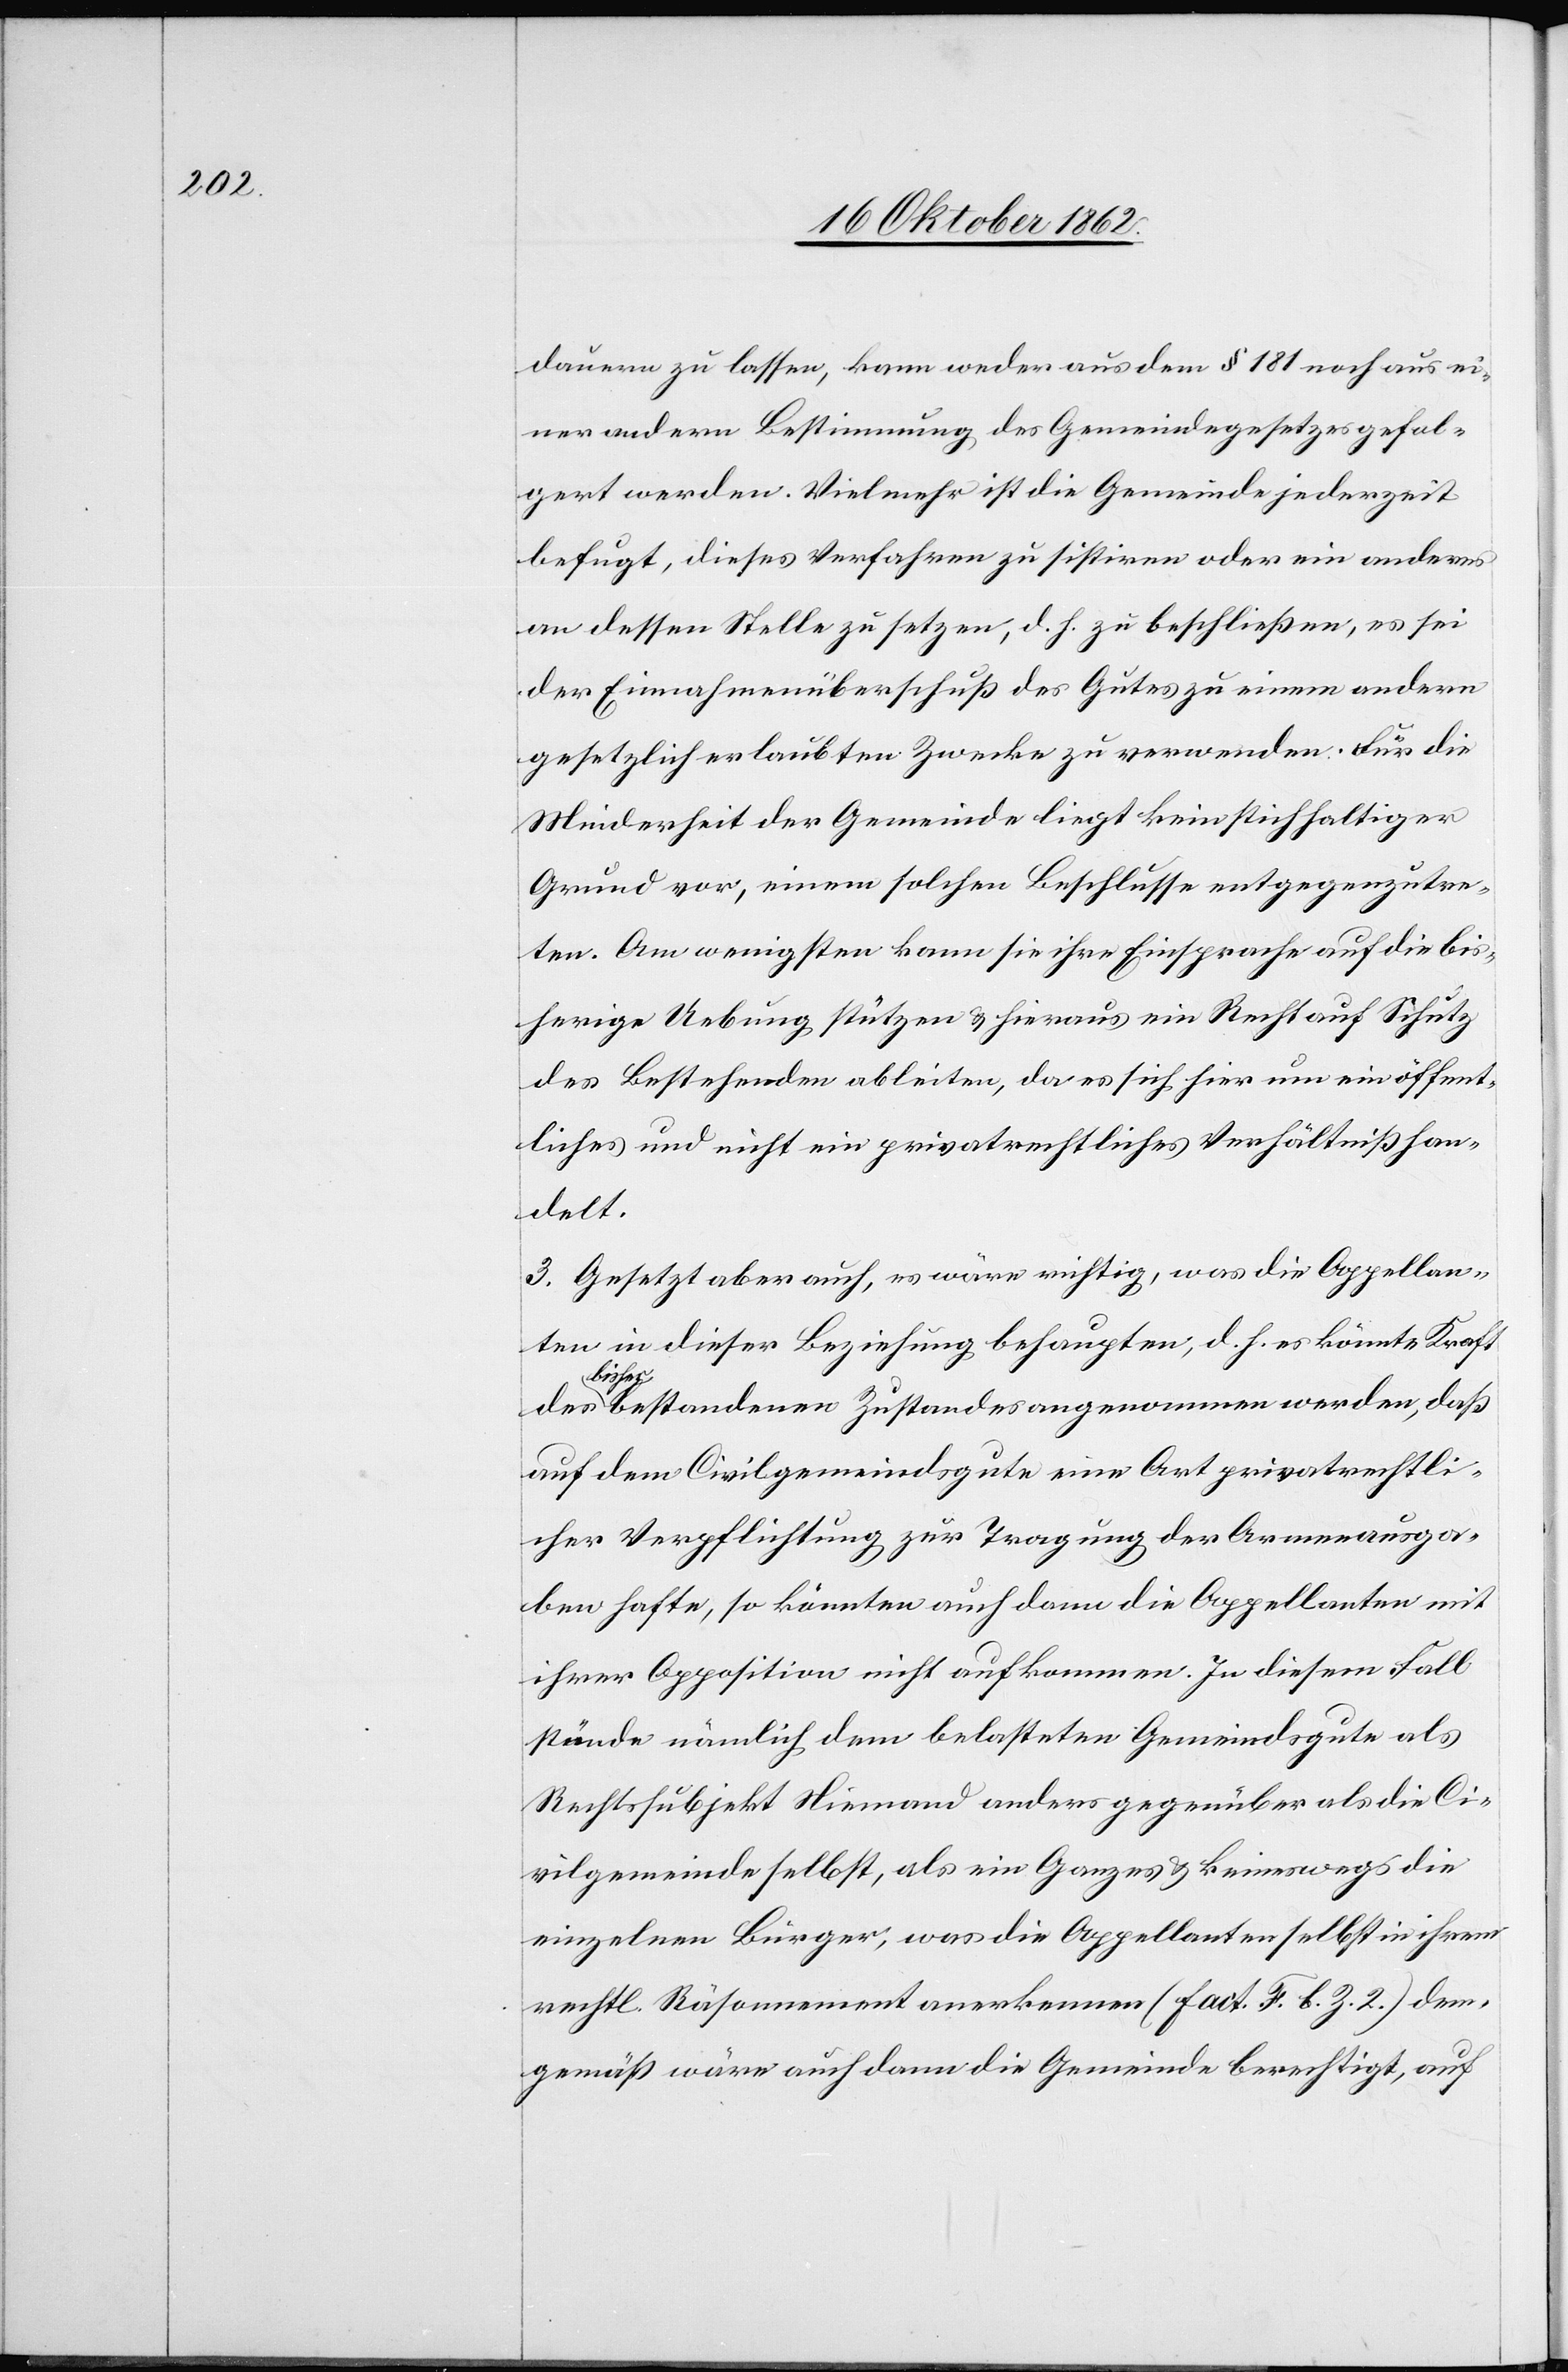
dauern zu lassen, kann weder aus dem § 181 noch aus ei¬
ner andern Bestimmung des Gemeindegesetzes gefol¬
gert werden. Vielmehr ist die Gemeinde jederzeit
befugt, dieses Verfahren zu sistiren oder ein anderes
an dessen Stelle zu setzen, d. h. zu beschließen, es sei
der Einnahmenüberschuß des Gutes zu einem andern
gesetzlich erlaubten Zweck zu verwenden. Für die
Minderheit der Gemeinde liegt kein stichhaltiger
Grund vor, einem solchen Beschlusse entgegenzutre¬
ten. Am wenigsten kann sie ihre Einsprache auf die bis¬
herige Uebung stützen u. heraus ein Recht auf Schutz
des Bestehenden ableiten, da es sich hier um ein öffent¬
liches und nicht ein privatrechtliches Verhältniß han¬
delt.
3. Gesetzt aber auch, es wäre richtig, was die Appellan¬
ten in dieser Beziehung behaupten, d. h. es könnte Kraft
bish¬
er bestandenen Zustandes angenommen werden, daß
auf dem Civilgemeindsgute eine Art privatrechtli¬
cher Verpflichtung zur Tagung der Armenausga¬
ben hafte, so könnten auch dann die Appellanten mit
ihrer Opposition nicht aufkommen. In diesem Fall
stände nämlich dem belasteten Gemeindsgute als
Rechtssubjekt Niemand anders gegenüber als die Ci¬
vilgemeinde selbst, als ein Ganzes u. keineswegs die
einzelnen Bürger, was die Appellanten selbst in ihrem
rechtl. Räsonnement anerkennen (Fact. F. b. Z. 2.) dem¬
gemäß wäre auch dann die Gemeinde berechtigt, auf